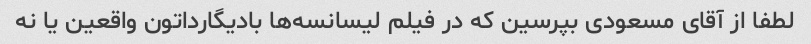
لطفا از آقای مسعودی بپرسین که در فیلم لیسانسه‌ها بادیگارداتون واقعین یا نه